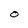
Character: O